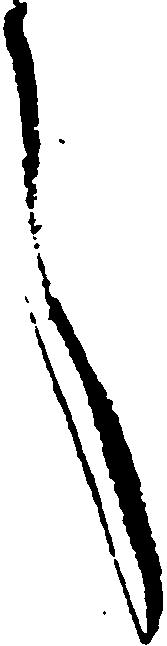
言